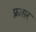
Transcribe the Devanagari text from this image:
फ़्रासर